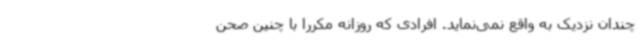
چندان نزدیک به واقع نمی‌نماید. افرادی که روزانه مکررا با چنین صحن